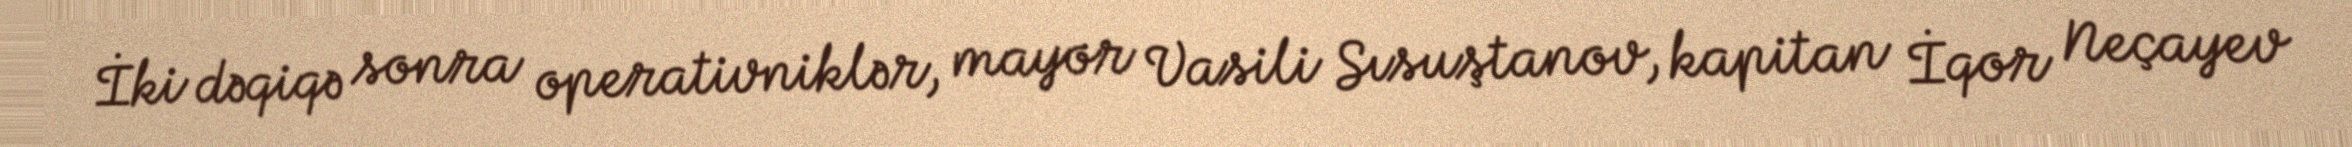
İki dəqiqə sonra operativniklər, mayor Vasili Sısuştanov, kapitan İqor Neçayev